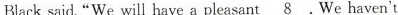
Black said."We will have a pleasant _8. We haven't